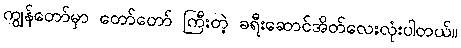
ကျွန်တော်မှာ တော်တော် ကြီးတဲ့ ခရီးဆောင်အိတ်လေးလုံးပါတယ်။